Report on vaccination North-West Frontier Province 1904-1922 - 1904-1922
Year: 1904
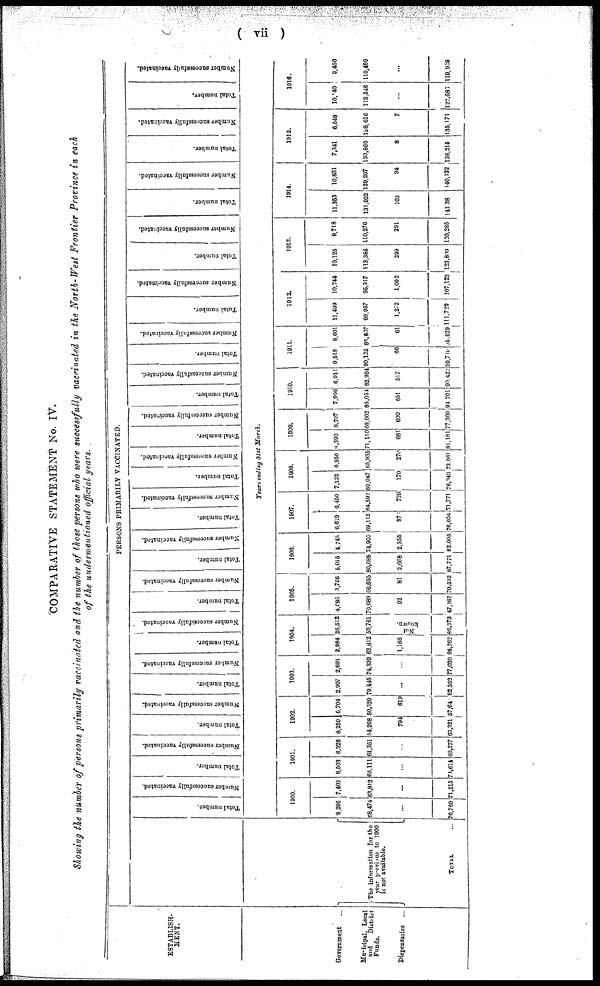
( vii )
COMPARATIVE STATEMENT No. IV.
Showing the number of persons primarily vaccinated and the number of those persons who were successfully vaccinated in the North-West Frontier Province in each
of the undermentioned official years.
ESTABLISH-
MENT.
Government ...
Municipal, Local
and
District
Funds.
Dispensaries
...
PERSONS PRIMARILY VACCINATED.
The information for the
year previous to 1900
is not available.
TOTAL ...
Total number.
Number successfully vaccinated.
Total Number.
Number successfully vaccinated.
Total number.
Number successfully vaccinated.
Total number.
Number successfully vaccinated.
Total number.
Number successfully vaccinated.
Total number.
Number successfully vaccinated.
Total number.
Number successfully vaccinated.
Total number.
Number successfully vaccinated.
Total number.
Number successfully vaccinated.
Total number.
Number successfully vaccinated.
Total number.
Number successfully vaccinated.
Total number.
Number successfully vaccinated.
Total number.
Number successfully vaccinated.
Total number.
Number successfully vaccinated.
Total number.
Number successfully vaccinated.
Total number.
Number successfully vaccinated.
Total number.
Number successfully vaccinated.
Year ending 31st March.
1900.
8,295
68,474
...
76,769
7,403
63,812
...
71,215
1901.
8,503
65,111
...
73,614
6,926
61,361
...
68,277
1902.
8,259
54,208
794
63,321
6,704
50,320
619
57,840
1903.
2,907
79,445
...
82,352
2,691
74,339
...
77,030
1904.
2,984
63,612
1,166
94,262
26,512
59,761
Not
known.
86,273
1905.
4,086
70,089
92
47,267
3,756
66,695
81
70,532
1906.
5,015
80,088
2,668
87,771
4,745
74,905
2,355
82,005
1907.
6,619
69,112
87
76,604
6,450
64,592
729
71,771
1908.
7,132
69,047
170
76,349
6,956
65,935
270
73,061
1909.
9,390
71,110
681
81,181
8,707
68,002
600
77,309
1910.
7,996
86,054
651
94,701
6,911
82,994
517
90,422
1911.
9,518
90,135
66
99,719
8,601
86,837
61
95,529
1912.
11,499
98,957
1,272
111,729
10,744
95,317
1,062
107,123
1913.
10,125
113,385
299
123,809
9,718
110,276
291
120,285
1914.
11,353
131,922
108
143038
10,831
129,207
94
140,132
1915.
7,341
130,866
8
138,215
6,548
128,616
7
135,171
1916.
10,040
112,546
...
122,686
9,450
110,489
...
119,989